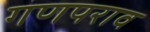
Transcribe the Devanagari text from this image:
गणपराव